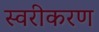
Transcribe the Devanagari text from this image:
स्वरीकरण